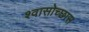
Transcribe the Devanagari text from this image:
श्वासोच्छास